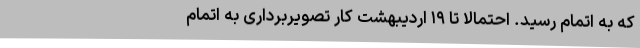
که به اتمام رسید. احتمالا تا ۱۹ اردیبهشت کار تصویربرداری به اتمام